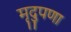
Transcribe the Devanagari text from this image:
मृदुपणा